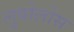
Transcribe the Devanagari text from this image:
लुबोलोस